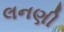
લનણી